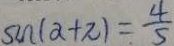
\sin ( \alpha + \pi ) = \frac { 4 } { 5 }